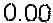
0.00